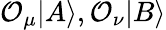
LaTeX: \mathcal{O}_{\mu}|A\rangle,\mathcal{O}_{\nu}|B\rangle